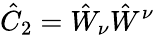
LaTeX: \hat{C}_{2}=\hat{W}_{\nu}\hat{W}^{\nu}